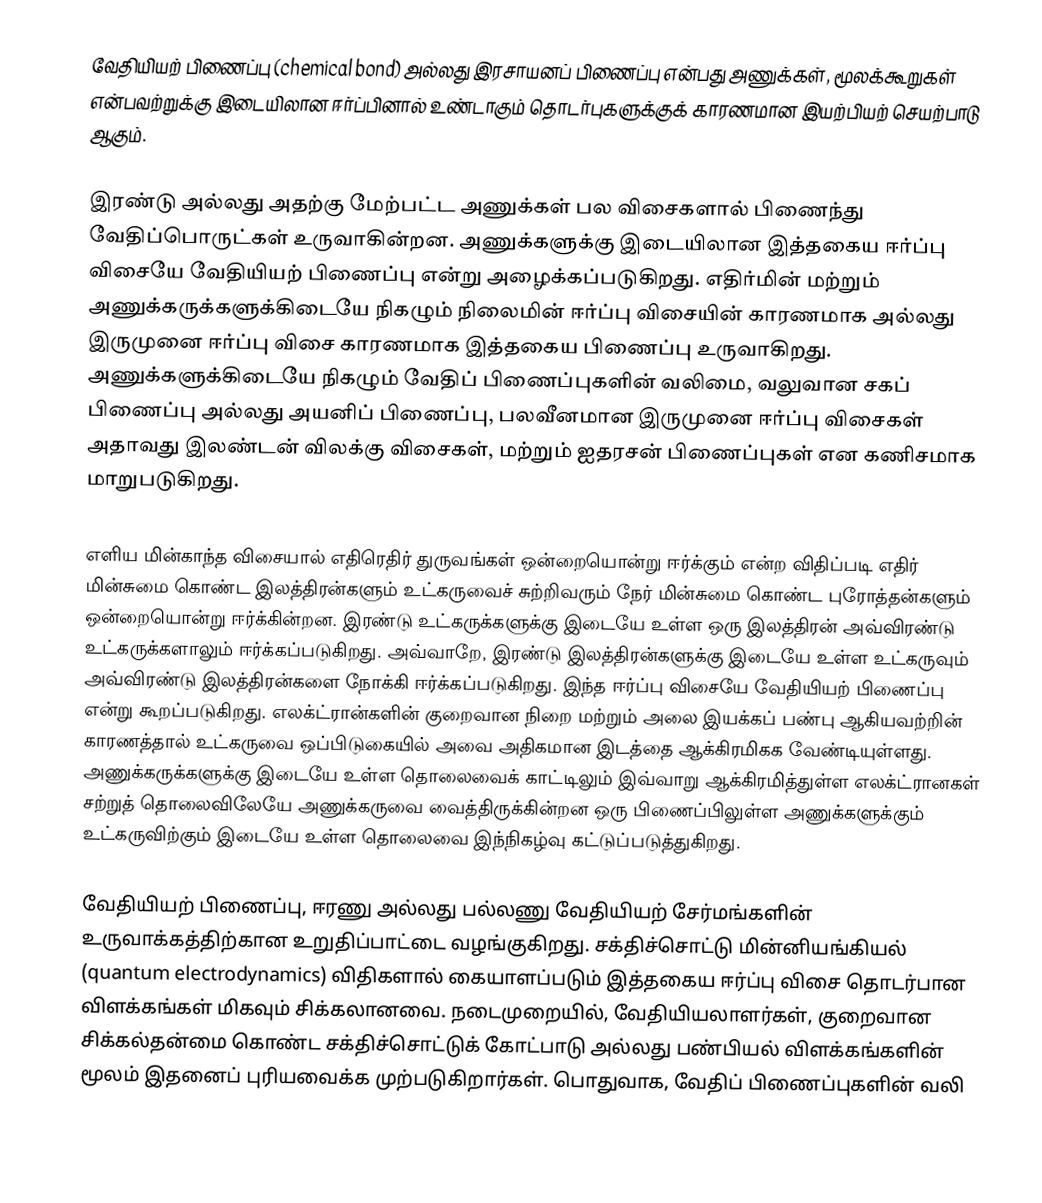
வேதியியற் பிணைப்பு (chemical bond) அல்லது இரசாயனப் பிணைப்பு என்பது அணுக்கள், மூலக்கூறுகள் என்பவற்றுக்கு இடையிலான ஈர்ப்பினால் உண்டாகும் தொடர்புகளுக்குக் காரணமான இயற்பியற் செயற்பாடு ஆகும்.

இரண்டு அல்லது அதற்கு மேற்பட்ட அணுக்கள்  பல விசைகளால் பிணைந்து வேதிப்பொருட்கள் உருவாகின்றன. அணுக்களுக்கு இடையிலான இத்தகைய ஈர்ப்பு விசையே வேதியியற் பிணைப்பு என்று அழைக்கப்படுகிறது. எதிர்மின் மற்றும் அணுக்கருக்களுக்கிடையே நிகழும் நிலைமின் ஈர்ப்பு விசையின் காரணமாக அல்லது இருமுனை ஈர்ப்பு விசை காரணமாக இத்தகைய பிணைப்பு உருவாகிறது. அணுக்களுக்கிடையே நிகழும் வேதிப் பிணைப்புகளின் வலிமை, வலுவான சகப் பிணைப்பு அல்லது அயனிப் பிணைப்பு, பலவீனமான இருமுனை ஈர்ப்பு விசைகள் அதாவது இலண்டன் விலக்கு விசைகள், மற்றும் ஐதரசன் பிணைப்புகள் என கணிசமாக மாறுபடுகிறது.

எளிய மின்காந்த விசையால் எதிரெதிர் துருவங்கள் ஒன்றையொன்று ஈர்க்கும் என்ற விதிப்படி எதிர் மின்சுமை கொண்ட இலத்திரன்களும் உட்கருவைச் சுற்றிவரும் நேர் மின்சுமை கொண்ட புரோத்தன்களும் ஒன்றையொன்று ஈர்க்கின்றன. இரண்டு உட்கருக்களுக்கு இடையே உள்ள ஒரு இலத்திரன் அவ்விரண்டு உட்கருக்களாலும் ஈர்க்கப்படுகிறது. அவ்வாறே, இரண்டு இலத்திரன்களுக்கு இடையே உள்ள உட்கருவும் அவ்விரண்டு இலத்திரன்களை நோக்கி ஈர்க்கப்படுகிறது. இந்த ஈர்ப்பு விசையே வேதியியற் பிணைப்பு என்று கூறப்படுகிறது. எலக்ட்ரான்களின் குறைவான நிறை மற்றும் அலை இயக்கப் பண்பு ஆகியவற்றின் காரணத்தால் உட்கருவை ஒப்பிடுகையில் அவை அதிகமான இடத்தை ஆக்கிரமிகக வேண்டியுள்ளது. அணுக்கருக்களுக்கு இடையே உள்ள தொலைவைக் காட்டிலும் இவ்வாறு ஆக்கிரமித்துள்ள எலக்ட்ரானகள் சற்றுத் தொலைவிலேயே அணுக்கருவை வைத்திருக்கின்றன ஒரு பிணைப்பிலுள்ள அணுக்களுக்கும் உட்கருவிற்கும் இடையே உள்ள தொலைவை இந்நிகழ்வு கட்டுப்படுத்துகிறது.

வேதியியற் பிணைப்பு, ஈரணு அல்லது பல்லணு வேதியியற் சேர்மங்களின் உருவாக்கத்திற்கான உறுதிப்பாட்டை வழங்குகிறது. சக்திச்சொட்டு மின்னியங்கியல் (quantum electrodynamics) விதிகளால் கையாளப்படும் இத்தகைய ஈர்ப்பு விசை தொடர்பான விளக்கங்கள் மிகவும் சிக்கலானவை. நடைமுறையில், வேதியியலாளர்கள், குறைவான சிக்கல்தன்மை கொண்ட சக்திச்சொட்டுக் கோட்பாடு அல்லது பண்பியல் விளக்கங்களின் மூலம் இதனைப் புரியவைக்க முற்படுகிறார்கள். பொதுவாக, வேதிப் பிணைப்புகளின் வலி